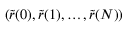
( \tilde { r } ( 0 ) , \tilde { r } ( 1 ) , \ldots , \tilde { r } ( N ) )